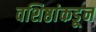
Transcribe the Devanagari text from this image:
वशिष्ठांकडून